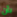
بأن